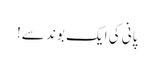
پانی کی ایک بوند سے!